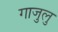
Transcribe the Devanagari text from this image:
गाजुलु